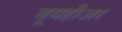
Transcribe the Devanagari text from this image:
बूमहौअर